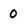
Character: 0